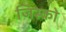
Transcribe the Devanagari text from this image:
जिस्को